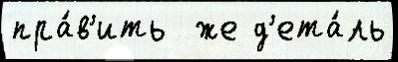
пра́в'ить  же д'ета́ль